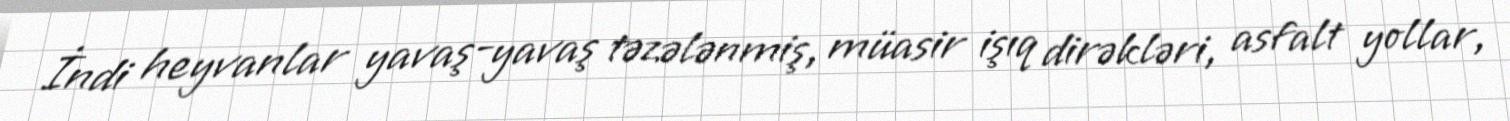
İndi heyvanlar yavaş-yavaş təzələnmiş, müasir işıq dirəkləri, asfalt yollar,